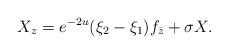
\begin{align*} X_z = e^{-2u}(\xi_2 - \xi_1) f_{\bar{z}} + \sigma X. \end{align*}